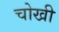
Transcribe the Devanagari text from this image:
चोखी